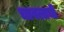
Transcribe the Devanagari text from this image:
चावलाची